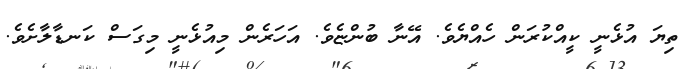
ތިޔަ އުޅެނީ ކީއްކުރަން ހެއްޔެވެ. އޭނާ ބުންޏެވެ. އަހަރެން މިއުޅެނީ މިގަސް ކަނޑާލާށެވެ.